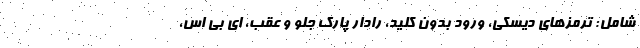
شامل: ترمزهای دیسکی، ورود بدون کلید، رادار پارک جلو و عقب، ای بی اس،